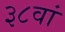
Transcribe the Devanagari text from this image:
३८वां